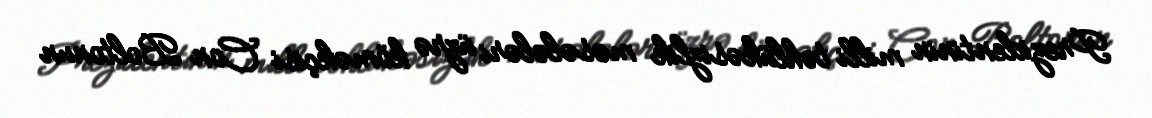
Prezidentinin milli təhlükəsizlik məsələləri üzrə köməkçisi Con Boltonun